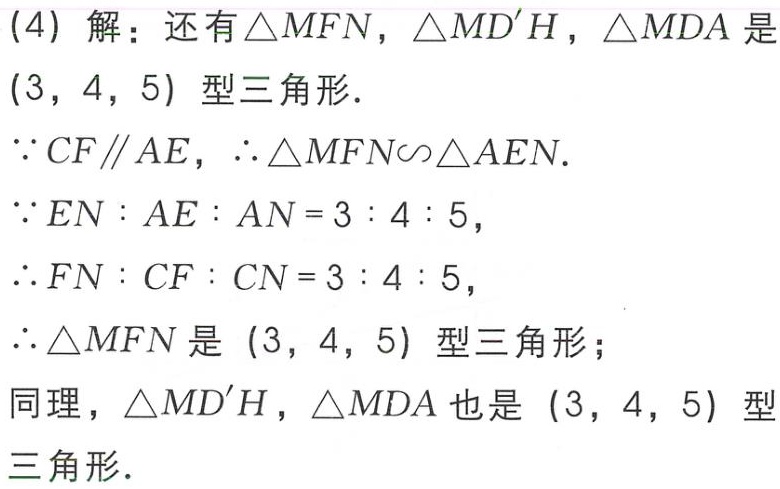
(4) 解：还有$\triangle MFN$，$\triangle MD'H$，$\triangle MDA$是
$(3,4,5)$型三角形.
$\because CF\parallel AE$，$\therefore \triangle MFN\backsim \triangle AEN$.
$\because EN:AE:AN = 3:4:5$，
$\therefore FN:CF:CN = 3:4:5$，
$\therefore \triangle MFN$是$(3,4,5)$型三角形；
同理，$\triangle MD'H$，$\triangle MDA$也是$(3,4,5)$
型三角形.